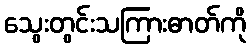
သွေးတွင်းသကြားဓာတ်ကို